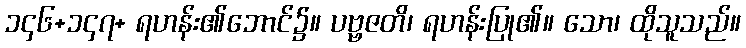
၁၄၆+၁၄၇+ ရဟန်း၏ဘောင်၌။ ပဗ္ဗဇတိ၊ ရဟန်းပြု၏။ သော၊ ထိုသူသည်။